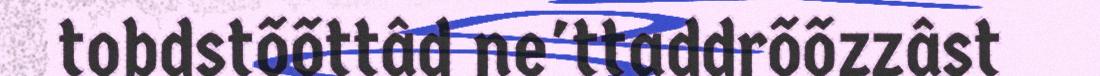
tobdstõõttâd ne'ttaddrõõzzâst